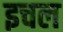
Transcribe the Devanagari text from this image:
इचल